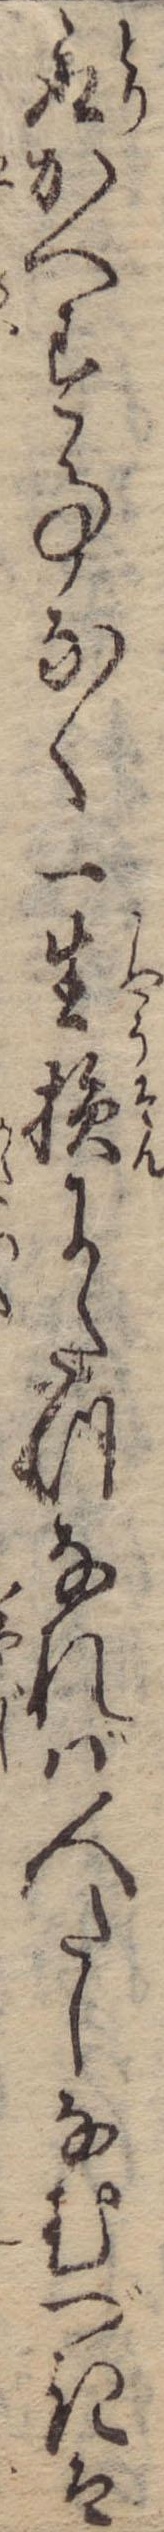
取かへす事なく一生損にたつなれば人たしなむべきは